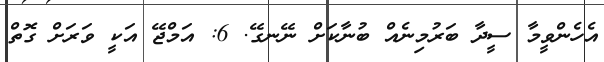
އެހެންވީމާ ސީދާ ބަރުމިނެއް ބުނާކަށް ނޭނގޭ. 6: އަމްޖޭ އަކީ ވަރަށް ގޮތް